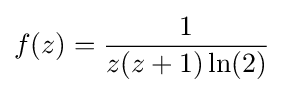
f(z)={\frac {1}{z(z+1)\ln(2)}}